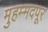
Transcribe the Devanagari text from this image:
मुहम्मदपूर